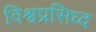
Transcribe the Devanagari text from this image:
विश्वप्रसिध्द